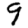
Digit: 9